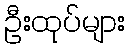
ဦးထုပ်များ